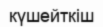
күшейткіш